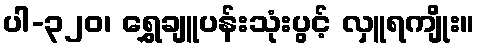
ပါ-၃၂၀၊ ရွှေချူပန်းသုံးပွင့် လှူရကျိုး။